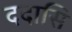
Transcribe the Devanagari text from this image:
ददासि